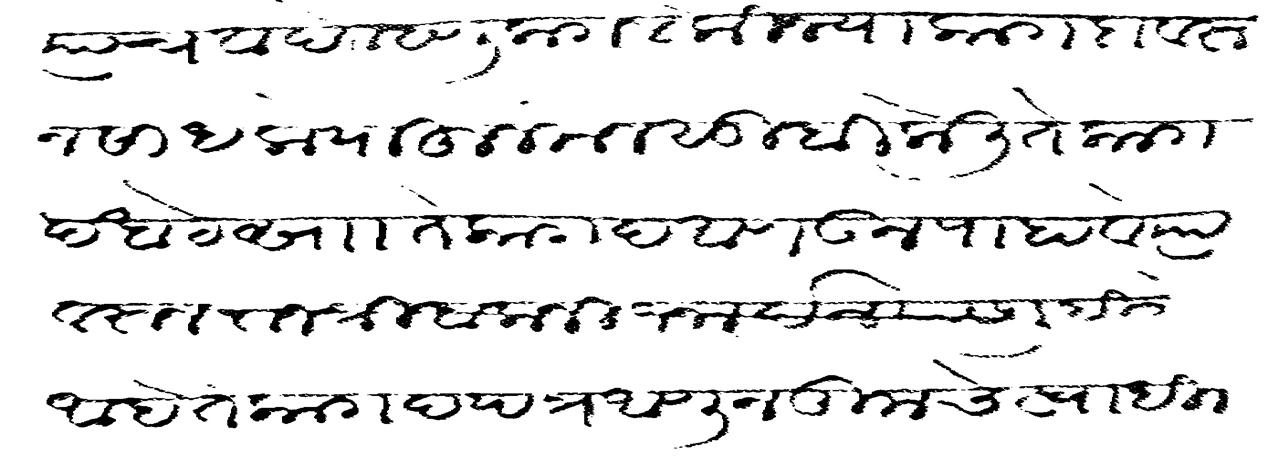
Transliteration (Devanagari): त्याचे वादे म्हणू लागले की ज्या कागदा वरून साधलो पाहून मनसुबी केली ते कागद खाटे स  ते कागद आणउन पाहावे त्यावरून राजश्री बालाजी जनार्दन यास लिहिले आहे ते कागद पत्र आणून तुमचे स्वाधीन